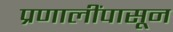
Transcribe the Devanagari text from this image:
प्रणालींपासून